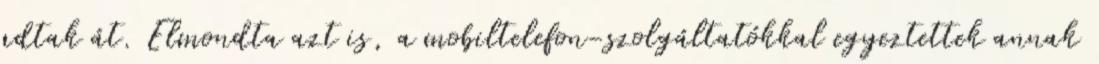
adtak át. Elmondta azt is, a mobiltelefon-szolgáltatókkal egyeztettek annak